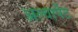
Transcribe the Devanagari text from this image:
अल्वार्पेट